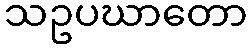
သဥပဃာတော